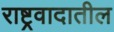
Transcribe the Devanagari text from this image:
राष्ट्रवादातील